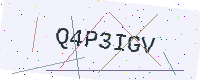
Text: Q4P3IGV